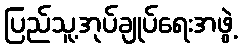
ပြည်သူ့အုပ်ချုပ်ရေးအဖွဲ့